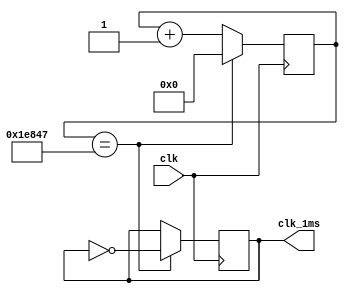
`timescale 1ns / 1ps
//////////////////////////////////////////////////////////////////////////////////
// Company: 
// Engineer: 
// 
// Design Name: 
// Module Name: clock_divider
// Project Name: 
// Target Devices: 
// Tool Versions: 
// Description: 
// 
// Dependencies: 
// 
// Revision:
// Revision 0.01 - File Created
// Additional Comments:
// 
//////////////////////////////////////////////////////////////////////////////////


module clock_divider(
    input clk,
    output reg clk_1ms = 0
    );
    
    reg [27:0] i = 0;
    
	always @ (posedge clk)
        begin
            if (i == 124999)// not 1ms
            begin
                i <= 0;
                clk_1ms = ~clk_1ms;
            end
            else i <= i+1;
        end
    
endmodule